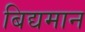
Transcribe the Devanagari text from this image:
बिद्यमान